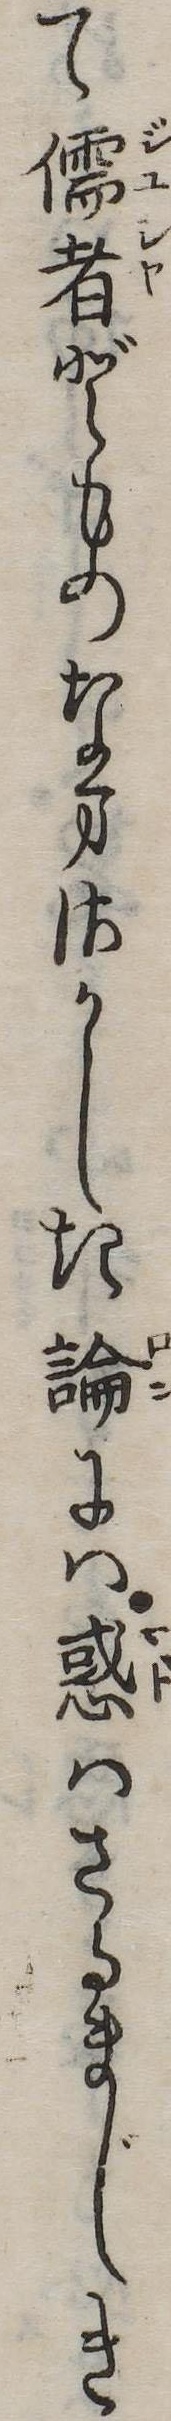
て儒者どものなまさかしき論には惑はさるまじき